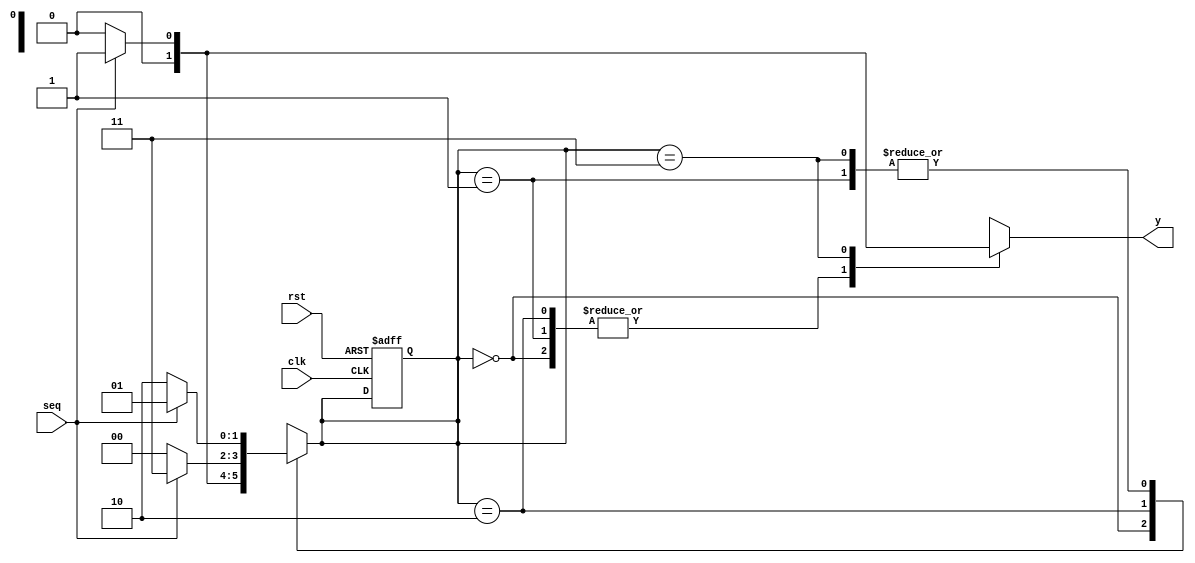
// QUESTION SEQUENCE DETECTOR FOR THE FOLLOWING 1011 .WRITE THE VERILOG CODE.//

module Seq_gen(
    input clk,rst,seq,
    output reg  y
    );
localparam a=2'b00;
localparam b=2'b01;
localparam c=2'b10;
localparam d=2'b11;
reg [1:0] pre,nxt;
always @ (posedge clk,posedge rst)
begin
   if(rst) pre=a;
	else  pre=nxt;
end
always @ *
   begin
     pre=nxt;
     y=1'b0;
     case(pre)
       a:if(seq)  nxt=b;
         else nxt=a;	
       b:if(seq)  nxt=b;
         else nxt=c;
       c:if(seq)  nxt=d;
         else nxt=a;
       d:if(seq) begin
     		 nxt=b;  y=1'b1;
			 end
         else nxt=c;
       default:begin
         y=1'b0;   nxt=a;
        end
     endcase
   end	  
endmodule